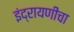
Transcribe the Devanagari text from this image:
इंद्रायणींचा